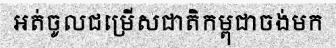
អត់ចូលជម្រើសជាតិកម្ពុជាចង់មក